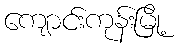
ကျောင်းကုန်းမြို့